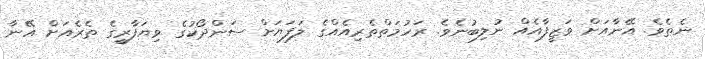
ނެތެވެ. އޭނާއަށް ވަޒީފާއެއް ނުލިބުނެވެ. ރަހުމަތްތެރިއެއްގެ ލަފަޔަށް ސަންދޯކުގެ ވިޔަފާރީގެ ތެރެއަށް އޭނާ